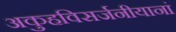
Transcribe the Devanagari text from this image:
अकुहविसर्जनीयानां